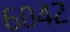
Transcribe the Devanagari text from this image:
६०४२